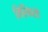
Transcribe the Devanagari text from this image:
निरिकशो